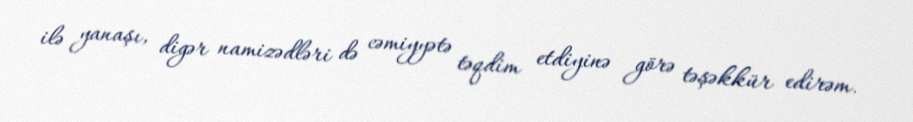
ilə yanaşı, digər namizədləri də cəmiyyətə təqdim etdiyinə görə təşəkkür edirəm.